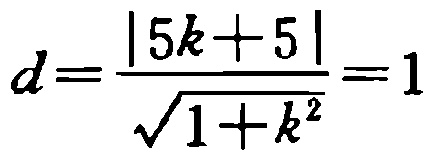
\[d=\frac{|5k + 5|}{\sqrt{1 + k^{2}}}=1\]